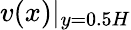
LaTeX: v(x)|_{y=0.5H}